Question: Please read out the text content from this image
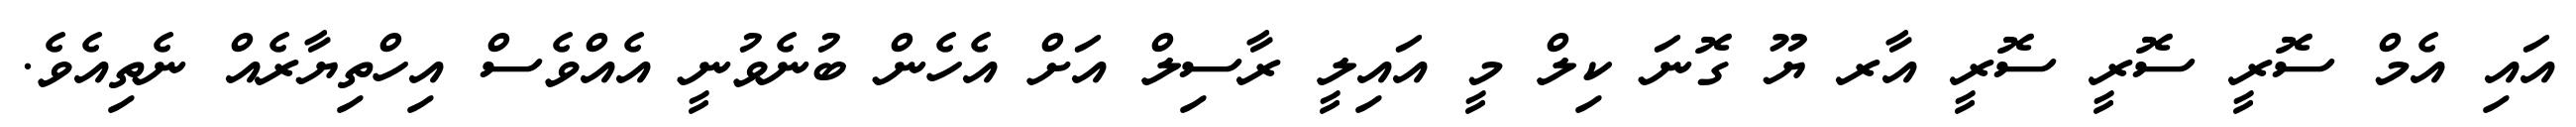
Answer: އައި އެމް ސޮރީ ސޮރީ ސޮރީ އާރ ޔޫ ގޮނަ ކިލް މީ އައިލީ ރާސިލް އަށް އެހެން ބުނެވުނީ އެއްވެސް އިހްތިޔާރެއް ނެތިއެވެ.